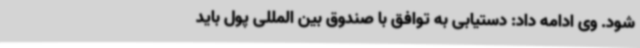
شود. وی ادامه داد: دستیابی به توافق با صندوق بین المللی پول باید